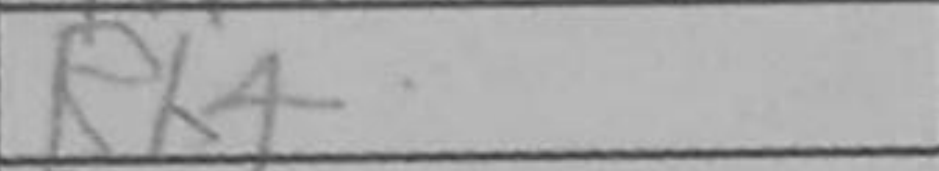
Transcription: Rh4